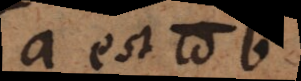
a est b